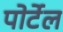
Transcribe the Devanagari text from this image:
पोर्टेल